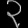
Digit: ၃